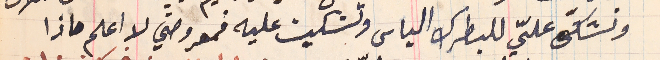
وتشكّى عليّ للبطرك الياس وتشكيت عليه فمعروضي لا اعلم ماذا